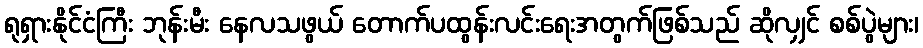
ရုရှားနိုင်ငံကြီး ဘုန်းမီး နေလသဖွယ် တောက်ပထွန်းလင်းရေးအတွက်ဖြစ်သည် ဆိုလျှင် စစ်ပွဲများ၊